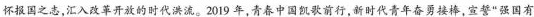
怀报国之志，汇入改革开放的时代洪流。2019年，青春中国凯歌前行，新时代青年奋勇接棒，宣誓”强国有